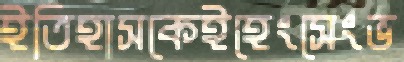
ইতিহাসকেইহেংসেংভ